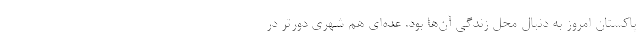
پاکستان امروز به دنبال محل زندگی آن‌ها بود. عده‌ای هم شهری دورتر در